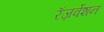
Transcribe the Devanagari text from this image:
रॅज़र्वेशन